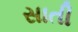
સાતી